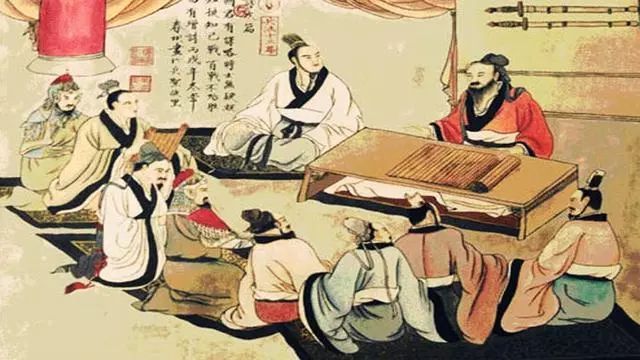
善守者，藏于九地之下，善攻者，动于九天之上，故能自保而全胜也。